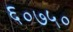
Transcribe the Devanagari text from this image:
६०७५०